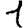
Digit: 1